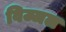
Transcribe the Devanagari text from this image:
विज्जल